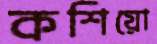
কশিয়ো